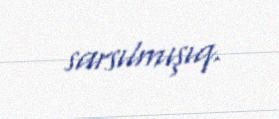
sarsılmışıq.